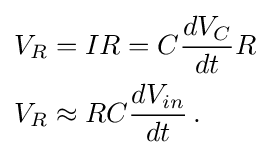
{\begin{aligned}V_{R}&=IR=C{\frac {dV_{C}}{dt}}R\\V_{R}&\approx RC{\frac {dV_{in}}{dt}}\,.\end{aligned}}